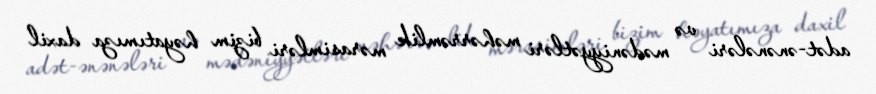
adət-ənənələri və mədəniyyətləri məhərrəmlik mərasimləri bizim həyatımıza daxil